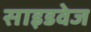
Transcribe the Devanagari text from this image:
साइडवेज